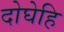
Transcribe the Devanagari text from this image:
दोघेहि